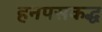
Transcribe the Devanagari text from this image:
हनपसकद्ध